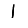
Digit: 1